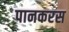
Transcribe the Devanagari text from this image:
पानकरस